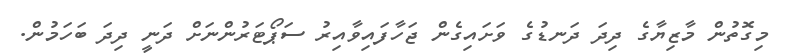
މިގޮތުން މާޒިޔާގެ ދިދަ ދަނޑުގެ ވަށައިގެން ޖަހާފައިވާއިރު ސަޕޯޓަރުންނަށް ދަނީ ދިދަ ބަހަމުން.